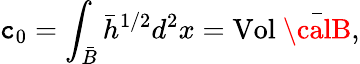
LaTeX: \mathtt{c}_{0}=\int_{\bar{{B}}}{\bar{{h}}}^{1/2}d^{2}x=\mathrm{{Vol}}~\bar{{\calB}},